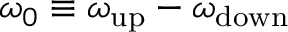
\omega _ { 0 } \equiv \omega _ { \mathrm { u p } } - \omega _ { \mathrm { d o w n } }